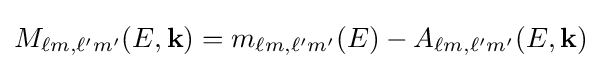
{M_{\ell m,\ell 'm'}}(E,{\bf {k}})=m_{\ell m,\ell 'm'}(E)-A_{\ell m,\ell 'm'}(E,{\bf {k}})